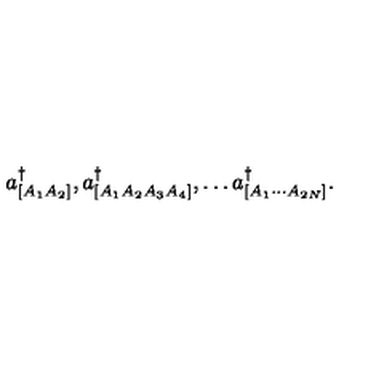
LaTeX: a _ { [ A _ { 1 } A _ { 2 } ] } ^ { \dagger } , a _ { [ A _ { 1 } A _ { 2 } A _ { 3 } A _ { 4 } ] } ^ { \dagger } , \dots a _ { [ A _ { 1 } \cdots A _ { 2 N } ] } ^ { \dagger } .